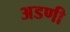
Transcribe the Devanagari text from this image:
अडणी